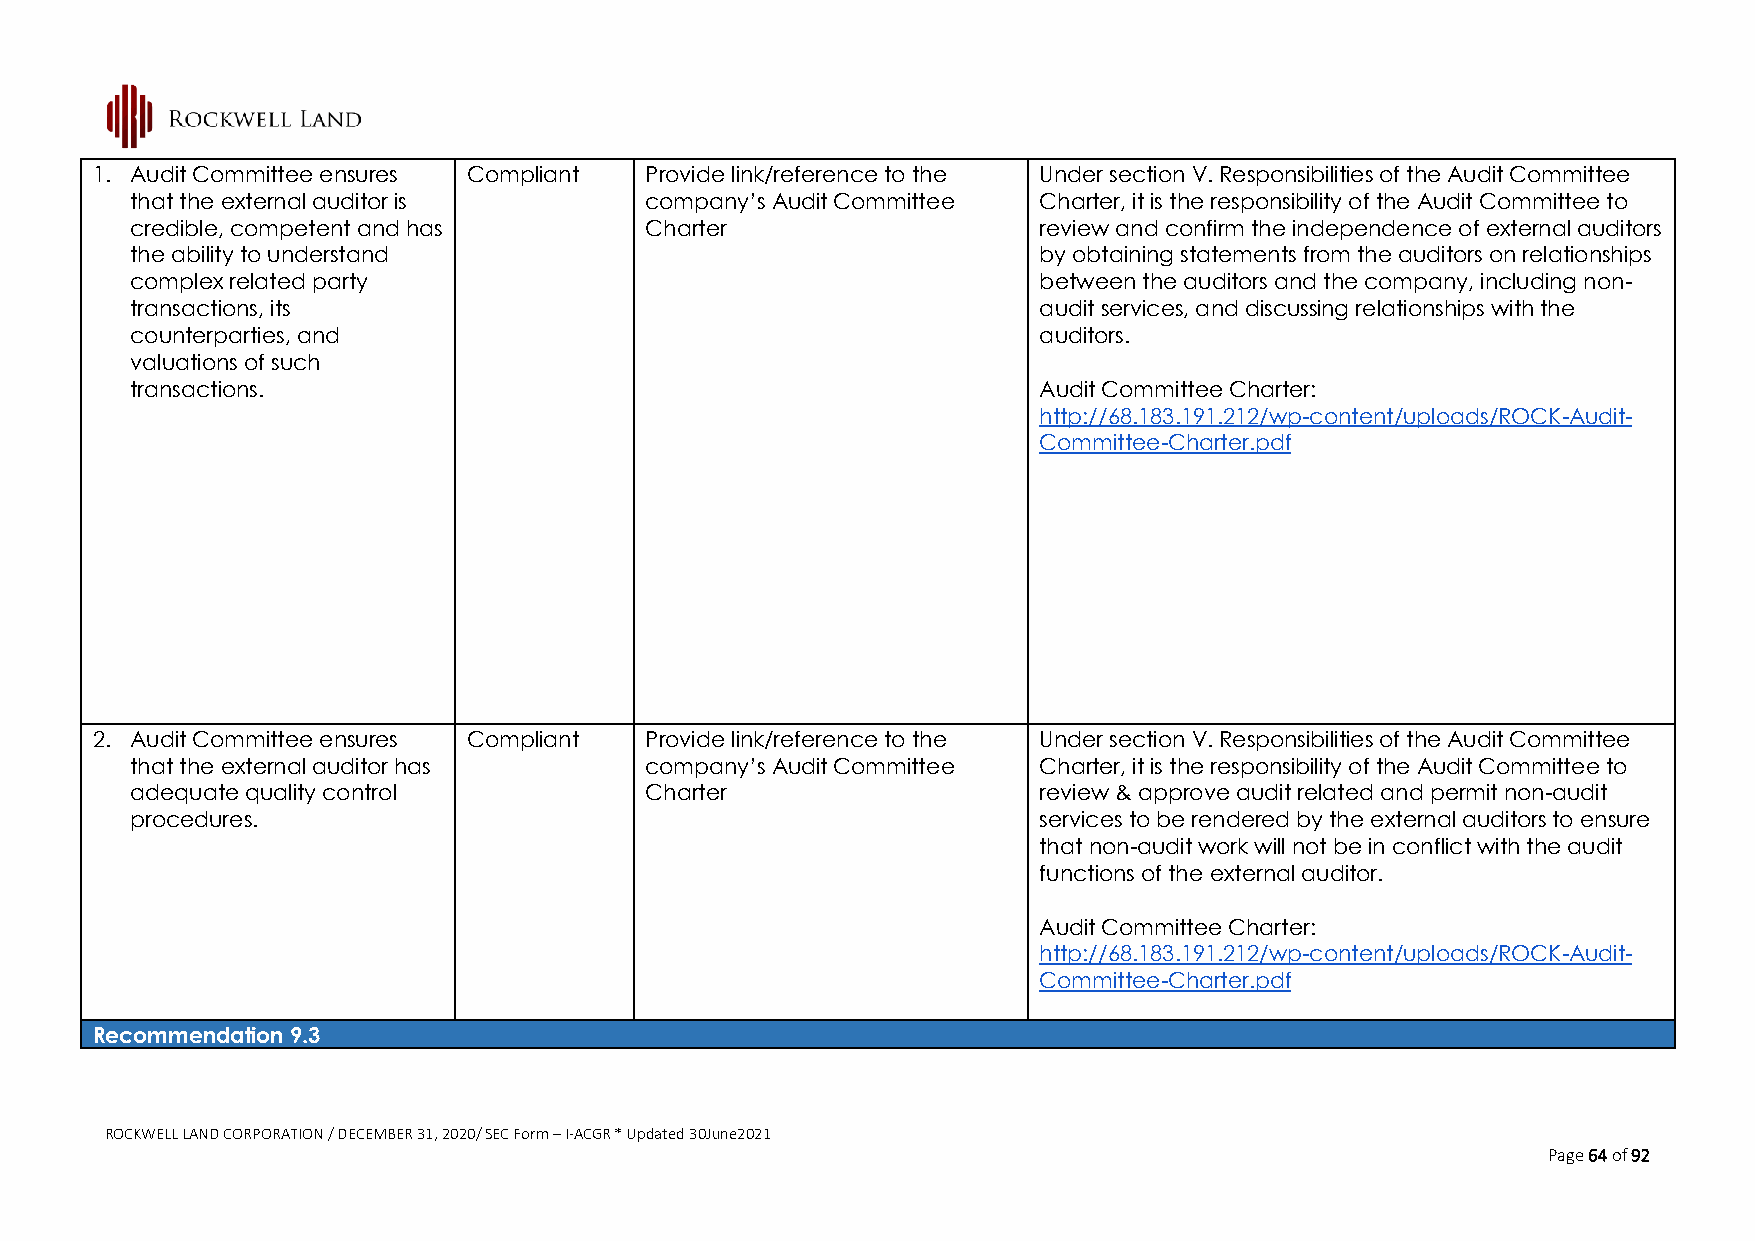
1. Audit Committee ensures Compliant Provide link/reference to the Under section V. Responsibilities of the Audit Committee
 that the external auditor is      company’s Audit Committee Charter, it is the responsibility of the Audit Committee to
 credible, competent and has       Charter                   review and confirm the independence of external auditors
 the ability to understand                                   by obtaining statements from the auditors on relationships
 complex related party                                       between the auditors and the company, including non-
 transactions, its                                           audit services, and discussing relationships with the
 counterparties, and                                         auditors.
 valuations of such
 transactions.                                               Audit Committee Charter:
 http://68.183.191.212/wp-content/uploads/ROCK-Audit-
 Committee-Charter.pdf
 2. Audit Committee ensures Compliant Provide link/reference to the Under section V. Responsibilities of the Audit Committee
 that the external auditor has     company’s Audit Committee Charter, it is the responsibility of the Audit Committee to
 adequate quality control          Charter                   review & approve audit related and permit non-audit
 procedures.                                                 services to be rendered by the external auditors to ensure
 that non-audit work will not be in conflict with the audit
 functions of the external auditor.
 Audit Committee Charter:
 http://68.183.191.212/wp-content/uploads/ROCK-Audit-
 Committee-Charter.pdf
 Recommendation 9.3
 ROCKWELL LAND CORPORATION / DECEMBER 31, 2020/ SEC Form – I-ACGR * Updated 30June2021
 Page 64 of 92